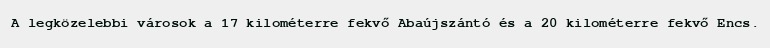
A legközelebbi városok a 17 kilométerre fekvő Abaújszántó és a 20 kilométerre fekvő Encs.